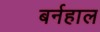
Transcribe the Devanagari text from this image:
बर्नहाल